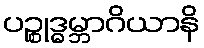
ပဉ္စုဒ္ဓမ္ဘာဂိယာနိ